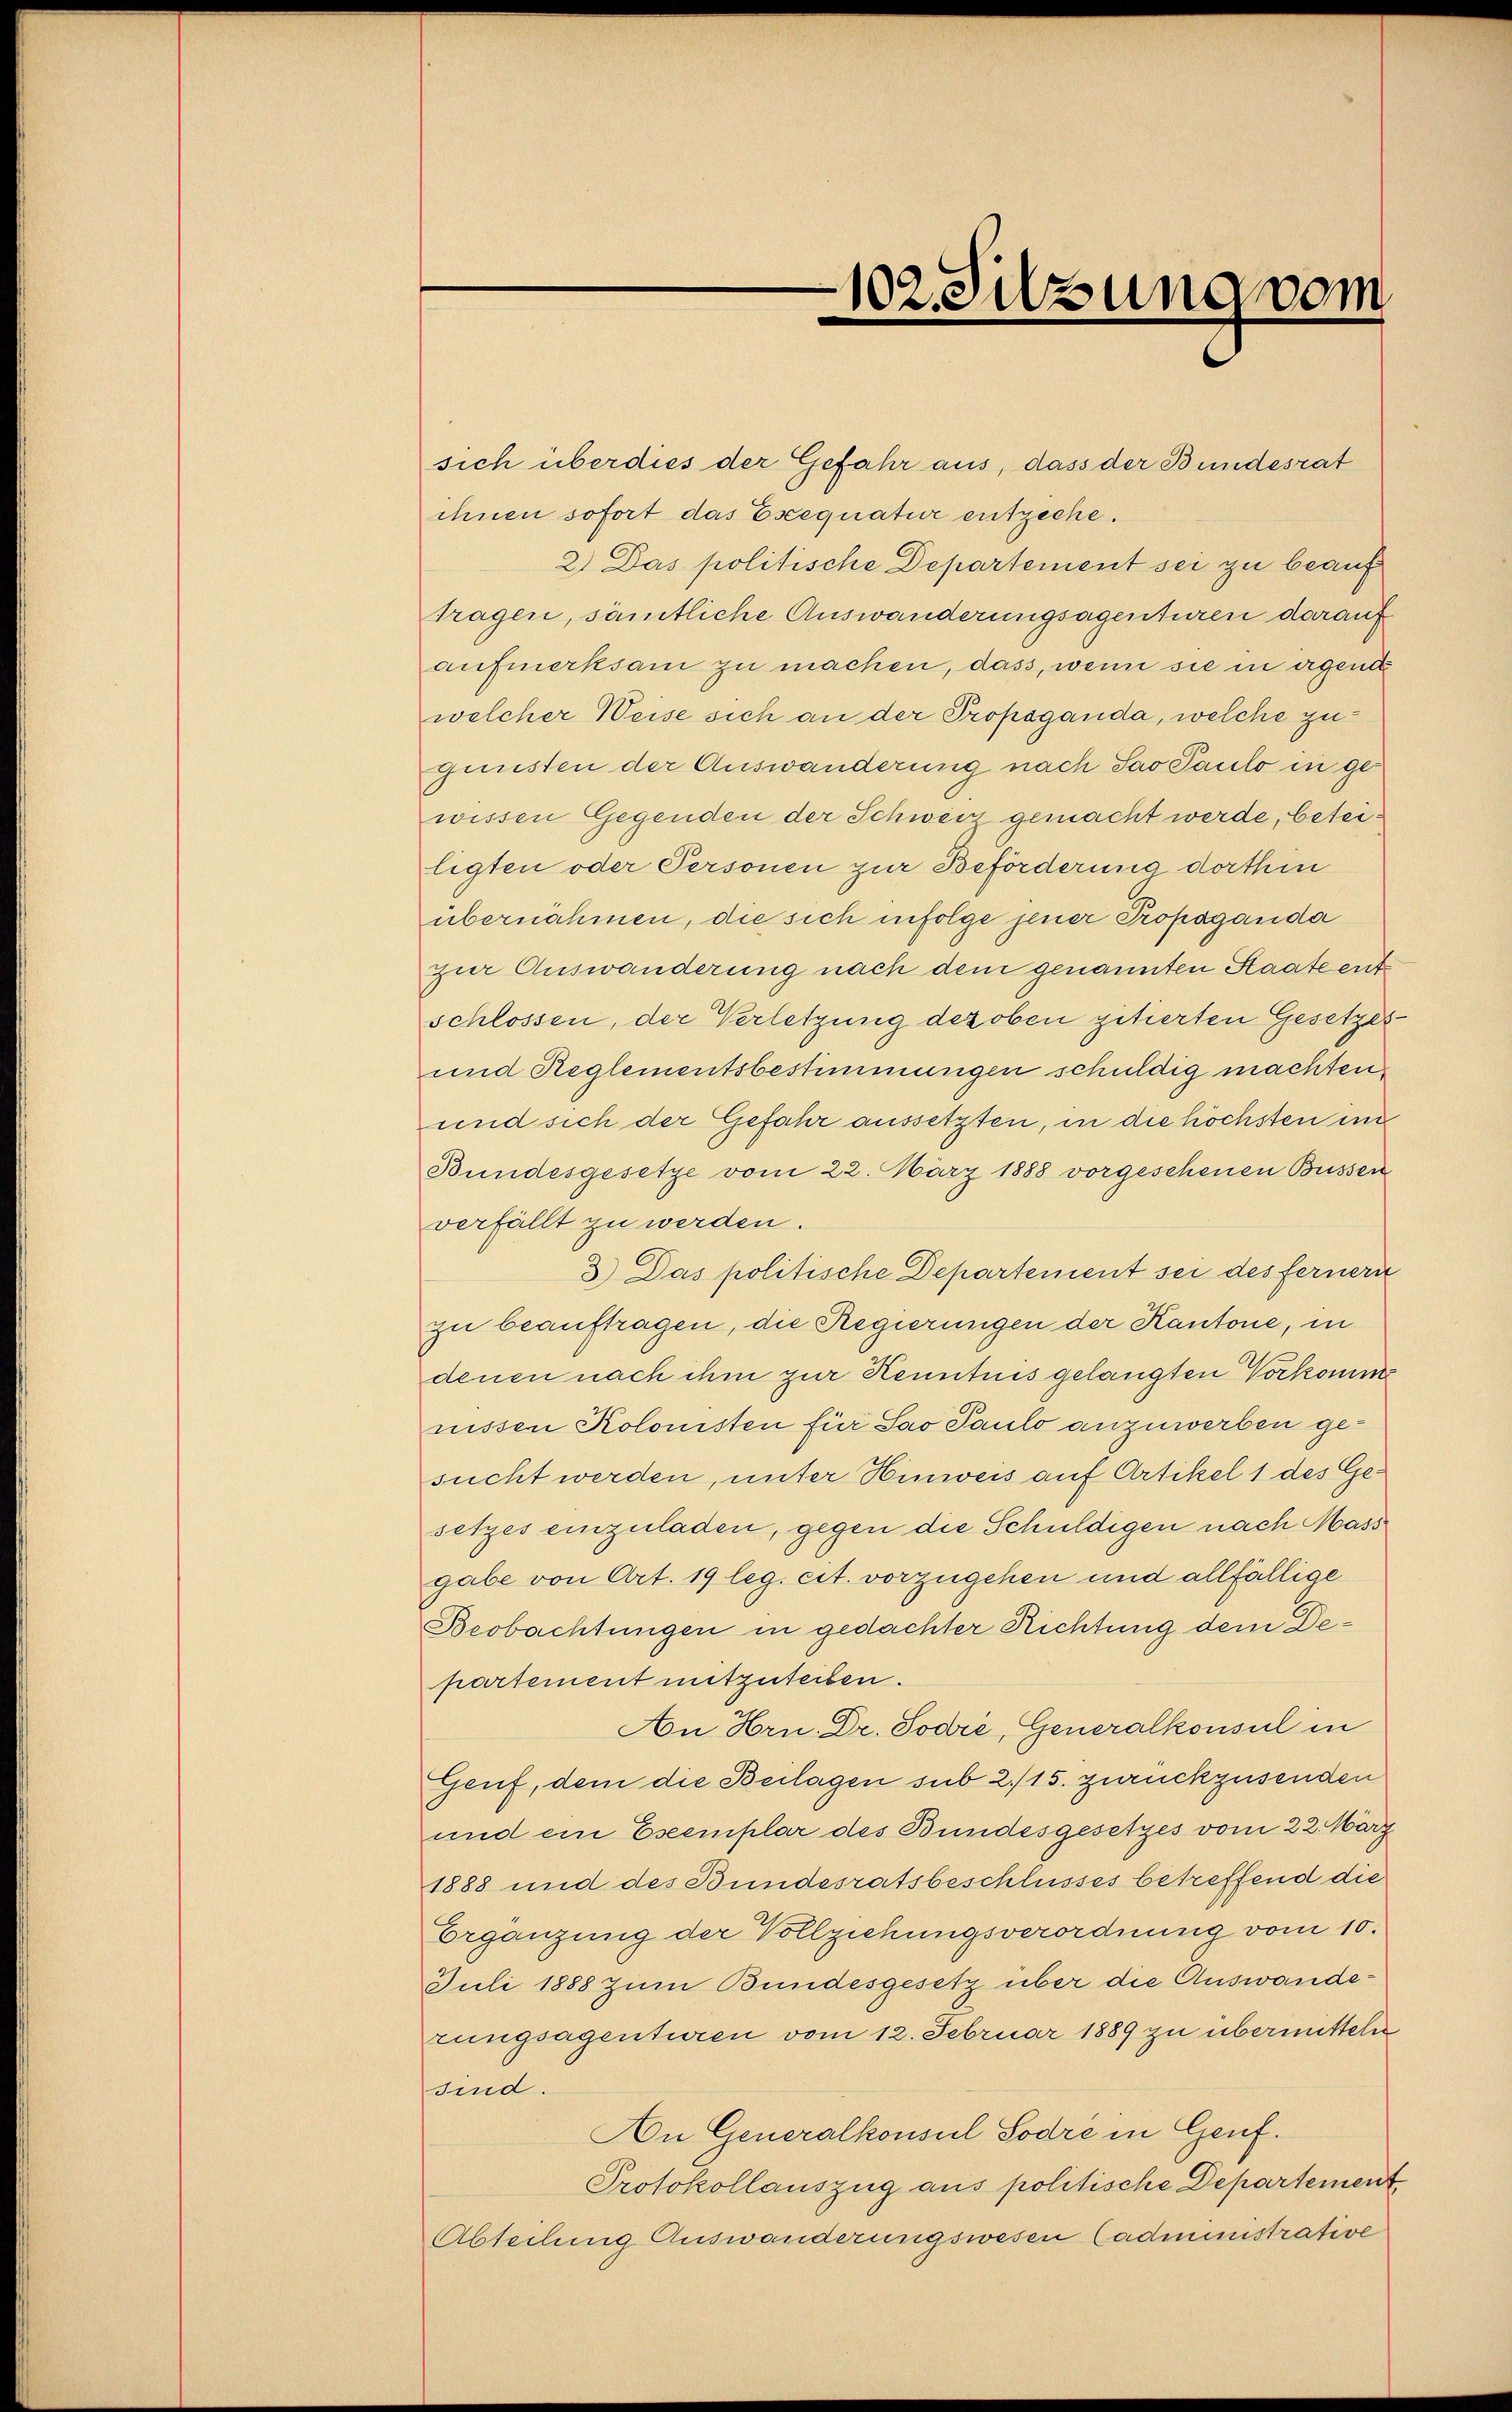
102. Silzung vom
e

sich überdies der Gefahr aus, dass der Bundesrat
ihnen sofort das Eseequatur entzeche.
2.) Das politische Departement sei zu beauf
tragen, sämtliche Auswanderungsagenturen darauf
aufmerksam zu machen, dass, wenn sie in irgent
welcher Weise sich an der Propsganda, welche zugunsten der Auswanderung nach Sao Paulo in gewissen Gegenden der Schweiz gemacht werde, beteiligten oder Personen zur Beförderung dorthin
übernahmen, die sich infolge jener Propaganda
zur Auswanderung nach dem genannten Staate entschlossen, der Verletzung deroben gitierten Gesetzes
und Reglementsbestimmungen schuldig machten,
und sich der Gefahr aussetzten, in die höchsten un
Bundesgesetze vom 22. März 1888 vorgeschenen Bussen
verfällt zu werden.
3.) Das politische Departement sei des fernern
zu beauftragen, die Regierungen der Kantone, in
denen nach ihm zur Kenntnis gelangten Vorkomm
nissen Kolonisten für Sao Paulo anzuwerben gesucht werden, unter Hinweis auf Artikel 1 des Gesetzes einzuladen, gegen die Schuldigen nach Mass
gabe von Art. 19 leg. cit. vorzugehen und allfällige
Beobachtungen in gedachter Richtung dem Departement mitzuteilen.
An Hrn. Dr. Sodie, Generalkonsul in
Genf, dem die Beilagen sub 2/15. zurückzusenden
und ein Eseemplar des Bundesgesetzes vom 22. März
1888 und des Bundesratsbeschlusses betreffend die
Ergänzung der Vollziehungsverordnung vom 10.
Juli 1888 zum Bundesgesetz über die Auswanderungsagenturen vom 12. Februar 1889 zu übermitteln
sind.
An Generalkonsul Sodré in Genf.
Protokollauszug aus politische Departement
Abteilung Auswanderungswesen (administrative